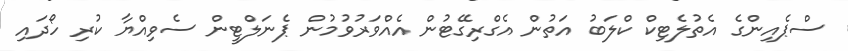
ސްޕެއިންގެ އެތުލެޓިކް ކްލަބު އަތުން އެގްރިގޭޓުން އެއްވަރުވުމުން ޕެނަލްޓީން ސެވިއްޔާ ކުރި ހޯދައި